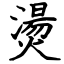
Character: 燙